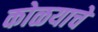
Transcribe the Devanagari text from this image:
कोळयाचे